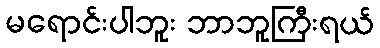
မရောင်းပါဘူး ဘာဘူကြီးရယ်